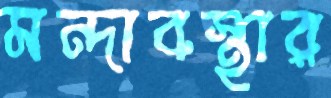
মন্দাবস্থার